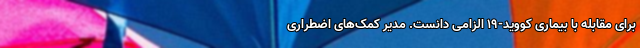
برای مقابله با بیماری کووید-۱۹ الزامی دانست. مدیر کمک‌های اضطراری